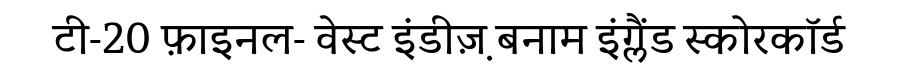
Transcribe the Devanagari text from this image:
टी-20 फ़ाइनल- वेस्ट इंडीज़़ बनाम इंग्लैंड स्कोरकॉर्ड